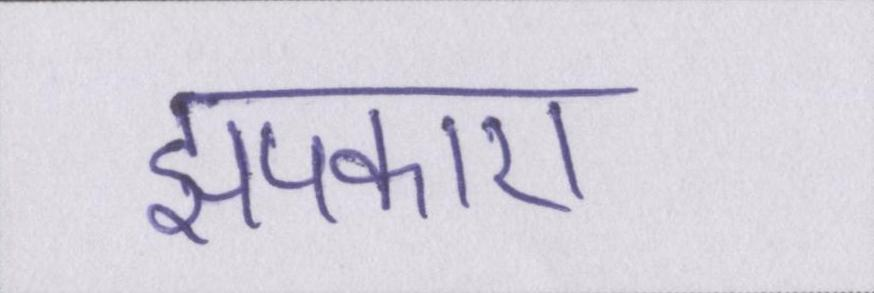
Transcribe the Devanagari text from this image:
झपकाए